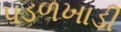
પડળખાડી